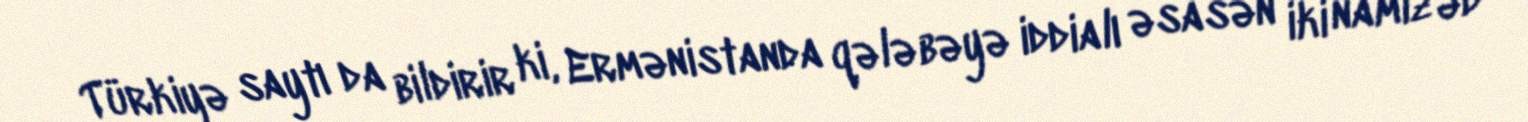
Türkiyə saytı da bildirir ki, Ermənistanda qələbəyə iddialı əsasən iki namizəd